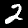
Digit: 2